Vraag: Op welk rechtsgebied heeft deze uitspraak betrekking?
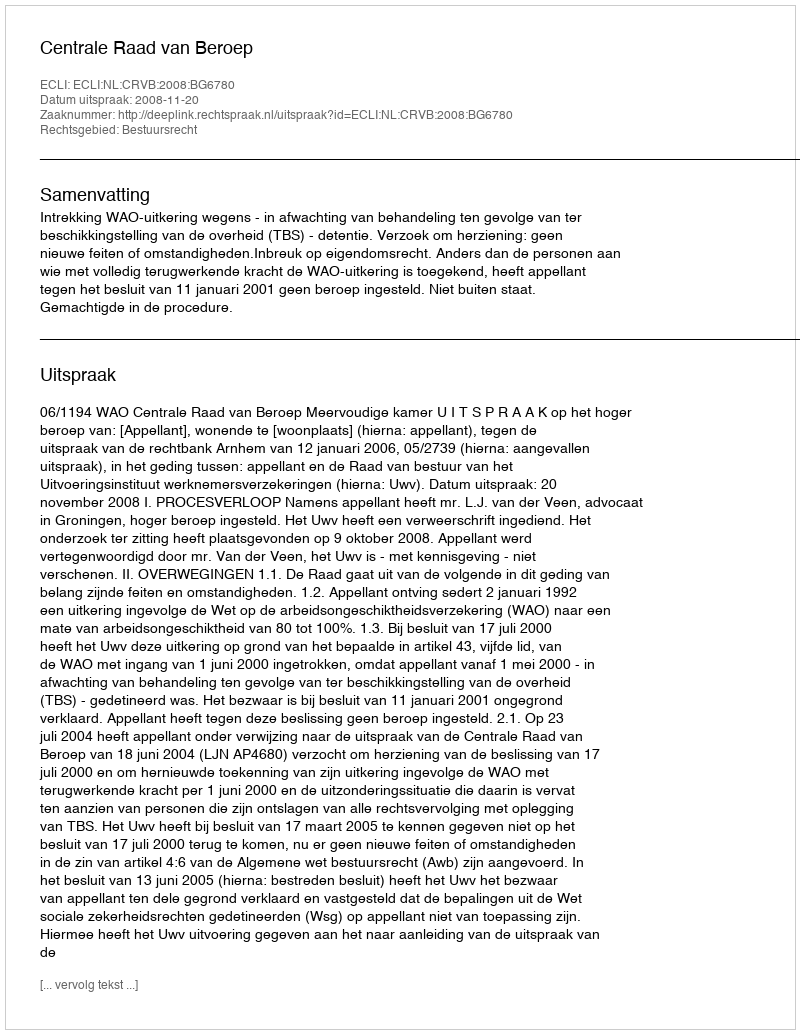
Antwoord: Bestuursrecht